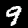
Digit: 9